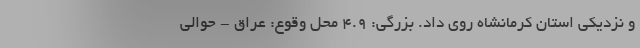
و نزدیکی استان کرمانشاه روی داد. بزرگی: 4.9 محل وقوع: عراق - حوالی